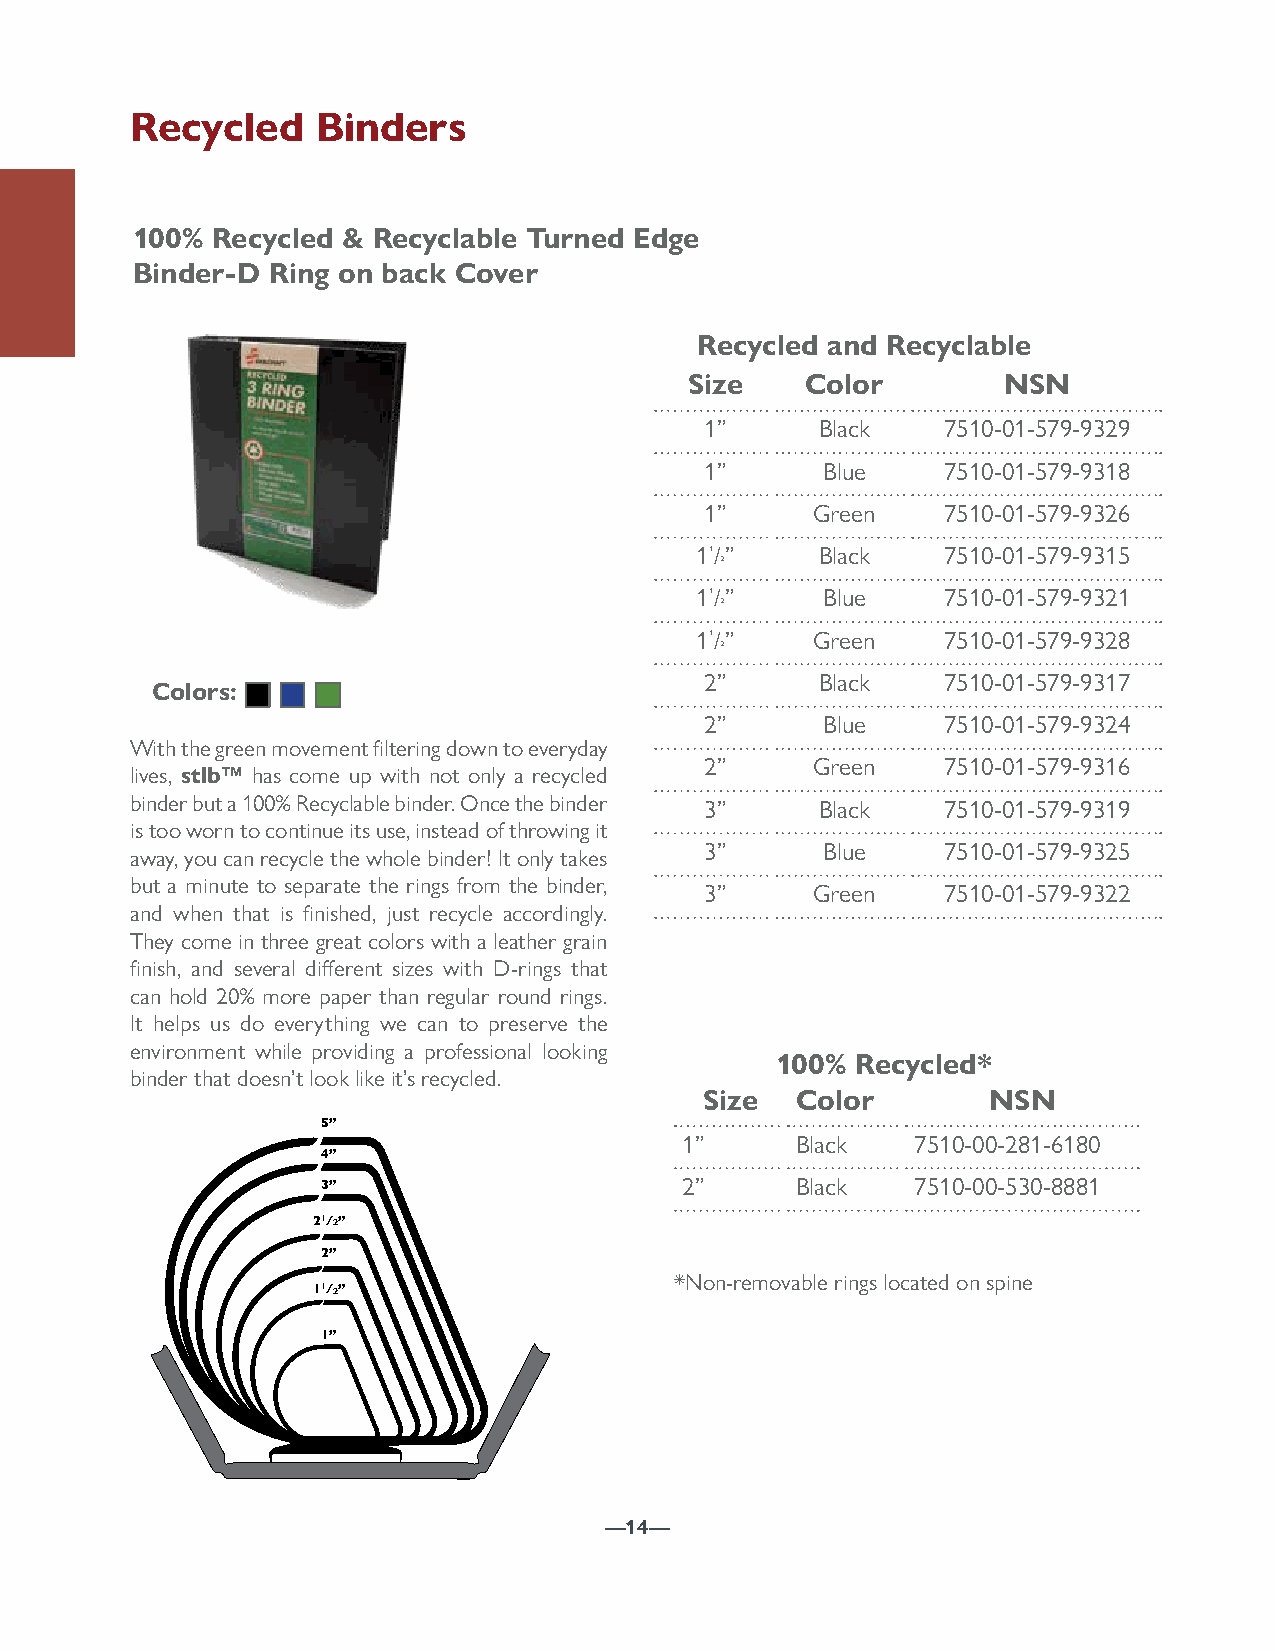
Recycled    Binders
 100% Recycled & Recyclable Turned Edge
 Binder-D Ring on back Cover
 Recycled and Recyclable
 Size   Color        NSN
 1”     Black   7510-01-579-9329
 1”     Blue    7510-01-579-9318
 1”     Green   7510-01-579-9326
 11/”    Black   7510-01-579-9315
 2
 11/”    Blue    7510-01-579-9321
 2
 11/”    Green   7510-01-579-9328
 2
 2”     Black   7510-01-579-9317
 Colors:
 2”     Blue    7510-01-579-9324
 With the green movement filtering down to everyday
 2”     Green   7510-01-579-9316
 lives, stlb™ has come up with not only a recycled
 binder but a 100% Recyclable binder. Once the binder 3” Black 7510-01-579-9319
 is too worn to continue its use, instead of throwing it
 3”     Blue    7510-01-579-9325
 away, you can recycle the whole binder! It only takes
 but a minute to separate the rings from the binder,
 3”     Green   7510-01-579-9322
 and when that is finished, just recycle accordingly.
 They come in three great colors with a leather grain
 finish, and several different sizes with D-rings that
 can hold 20% more paper than regular round rings.
 It helps us do everything we can to preserve the
 environment while providing a professional looking
 100%  Recycled*
 binder that doesn’t look like it’s recycled.
 Size  Color        NSN
 5”
 1”      Black   7510-00-281-6180
 4”
 3”                      2”      Black   7510-00-530-8881
 21/2”
 2”
 *Non-removable rings located on spine
 11/2”
 1”
 —14—